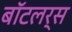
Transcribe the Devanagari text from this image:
बॉटलर्स